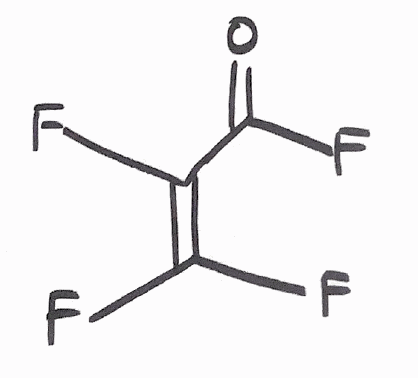
Simplified molecular-input line-entry system (SMILES) notation of the given molecule:
C(=C(F)F)(C(=O)F)F